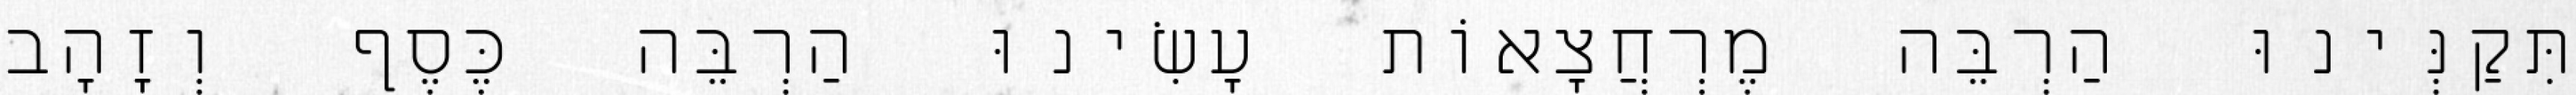
תִּקַנְּינוּ הַרְבֵּה מֶרְחֲצָאוֹת עָשִׂינוּ הַרְבֵּה כֶּסֶף וְזָהָב